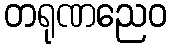
တရုဏညေဝ